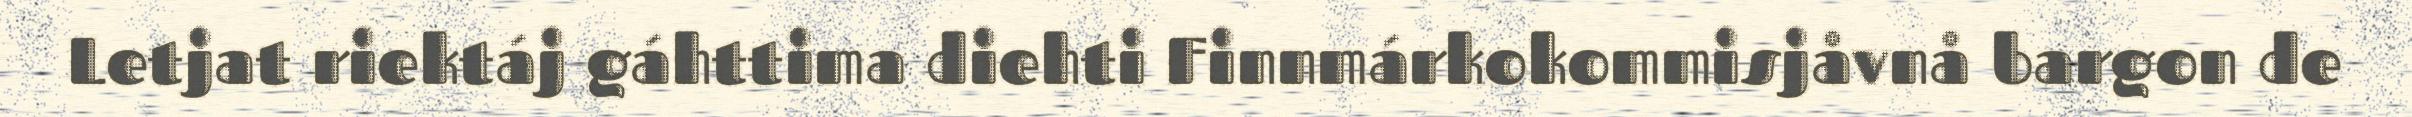
Letjat riektáj gáhttima diehti Finnmárkokommisjåvnå bargon de